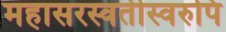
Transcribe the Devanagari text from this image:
महासरस्वतीस्वरुपि